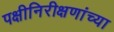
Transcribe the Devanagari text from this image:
पक्षीनिरीक्षणांच्या